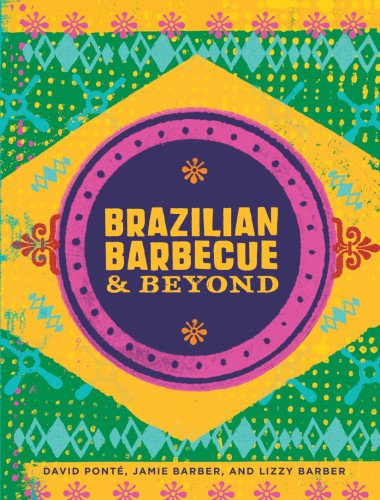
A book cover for Brazilian Barbecue & Beyond; David Ponte; Cookbooks, Food & Wine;